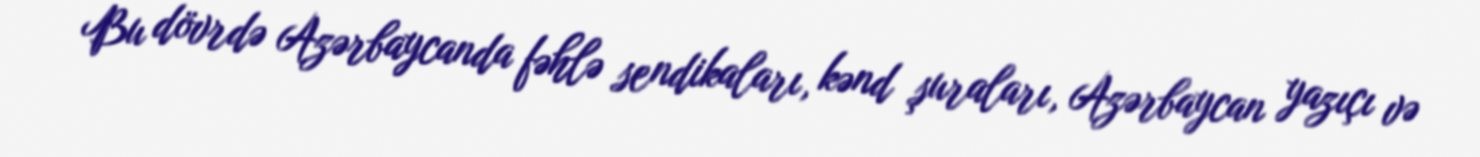
Bu dövrdə Azərbaycanda fəhlə sendikaları, kənd şuraları, Azərbaycan yazıçı və